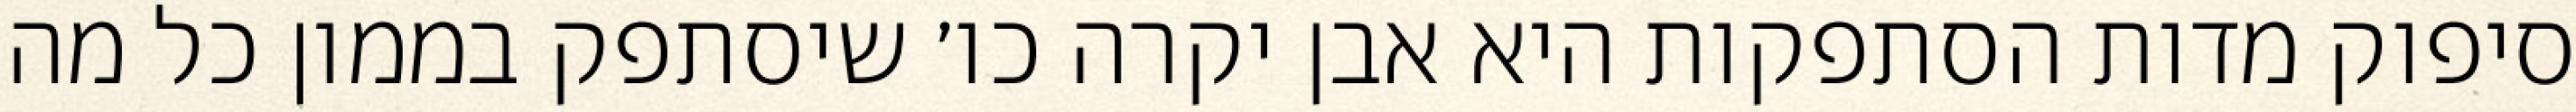
סיפוק מדות הסתפקות היא אבן יקרה כו׳ שיסתפק בממון כל מה